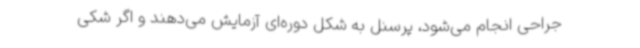
جراحی انجام می‌شود، پرسنل به شکل دوره‌ای آزمایش می‌دهند و اگر شکی